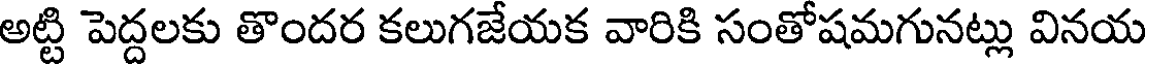
అట్టి పెద్దలకు తొందర కలుగజేయక వారికి సంతోషమగునట్లు వినయ